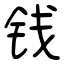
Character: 钱